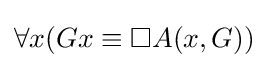
\forall x(Gx\equiv \Box A(x,G))